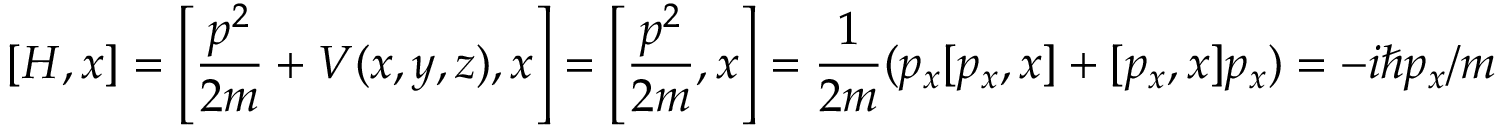
[ H , x ] = \left[ { \frac { p ^ { 2 } } { 2 m } } + V ( x , y , z ) , x \right] = \left[ { \frac { p ^ { 2 } } { 2 m } } , x \right] = { \frac { 1 } { 2 m } } ( p _ { x } [ p _ { x } , x ] + [ p _ { x } , x ] p _ { x } ) = - i \hbar p _ { x } / m